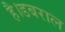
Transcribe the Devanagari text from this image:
है।डबराल